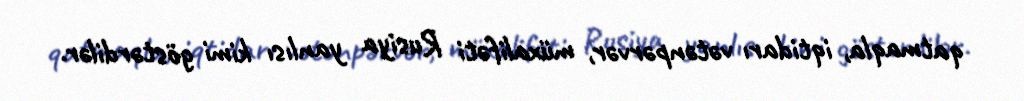
qatmaqla, iqtidarı vətənpərvər, müxalifəti Rusiya yanlısı kimi göstərdilər.